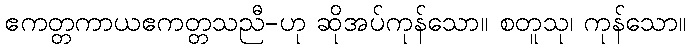
ဧကတ္တကာယဧကတ္တသညီ-ဟု ဆိုအပ်ကုန်သော။ စတူသု၊ ကုန်သော။